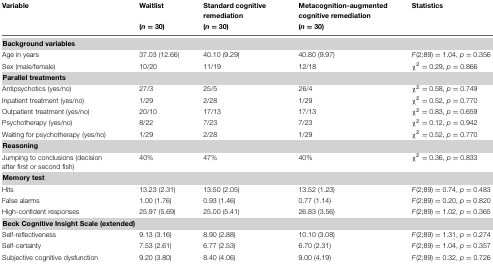
<table><thead><tr><td><b>Variable</b></td><td><b>Waitlist</b></td><td><b>Standard cognitive remediation</b></td><td><b>Metacognition-augmented cognitive remediation</b></td><td><b>Statistics</b></td></tr><tr><td></td><td><b>(<i>n</i> = 30)</b></td><td><b>(<i>n</i> = 30)</b></td><td><b>(<i>n</i> = 30)</b></td><td></td></tr></thead><tbody><tr><td colspan="5"><b>Background variables</b></td></tr><tr><td>Age in years</td><td>37.03 (12.66)</td><td>40.10 (9.29)</td><td>40.80 (9.97)</td><td><i>F</i>(2;89) = 1.04, <i>p</i> = 0.356</td></tr><tr><td>Sex (male/female)</td><td>10/20</td><td>11/19</td><td>12/18</td><td>χ<sup>2</sup> = 0.29, <i>p</i> = 0.866</td></tr><tr><td colspan="5"><b>Parallel treatments</b></td></tr><tr><td>Antipsychotics (yes/no)</td><td>27/3</td><td>25/5</td><td>26/4</td><td>χ<sup>2</sup> = 0.58, <i>p</i> = 0.749</td></tr><tr><td>Inpatient treatment (yes/no)</td><td>1/29</td><td>2/28</td><td>1/29</td><td>χ<sup>2</sup> = 0.52, <i>p</i> = 0.770</td></tr><tr><td>Outpatient treatment (yes/no)</td><td>20/10</td><td>17/13</td><td>17/13</td><td>χ<sup>2</sup> = 0.83, <i>p</i> = 0.659</td></tr><tr><td>Psychotherapy (yes/no)</td><td>8/22</td><td>7/23</td><td>7/23</td><td>χ<sup>2</sup> = 0.12, <i>p</i> = 0.942</td></tr><tr><td>Waiting for psychotherapy (yes/no)</td><td>1/29</td><td>2/28</td><td>1/29</td><td>χ<sup>2</sup> = 0.52, <i>p</i> = 0.770</td></tr><tr><td colspan="5"><b>Reasoning</b></td></tr><tr><td>Jumping to conclusions (decision after first or second fish)</td><td>40%</td><td>47%</td><td>40%</td><td>χ<sup>2</sup> = 0.36, <i>p</i> = 0.833</td></tr><tr><td colspan="5"><b>Memory test</b></td></tr><tr><td>Hits</td><td>13.23 (2.31)</td><td>13.50 (2.05)</td><td>13.52 (1.23)</td><td><i>F</i>(2;89) = 0.74, <i>p</i> = 0.483</td></tr><tr><td>False alarms</td><td>1.00 (1.76)</td><td>0.93 (1.46)</td><td>0.77 (1.14)</td><td><i>F</i>(2;89) = 0.20, <i>p</i> = 0.820</td></tr><tr><td>High-confident responses</td><td>25.97 (5.69)</td><td>25.00 (5.41)</td><td>26.83 (3.56)</td><td><i>F</i>(2;89) = 1.02, <i>p</i> = 0.365</td></tr><tr><td colspan="5"><b>Beck Cognitive Insight Scale (extended)</b></td></tr><tr><td>Self-reflectiveness</td><td>9.13 (3.16)</td><td>8.90 (2.88)</td><td>10.10 (3.08)</td><td><i>F</i>(2;89) = 1.31, <i>p</i> = 0.274</td></tr><tr><td>Self-certainty</td><td>7.53 (2.61)</td><td>6.77 (2.53)</td><td>6.70 (2.31)</td><td><i>F</i>(2;89) = 1.04, <i>p</i> = 0.357</td></tr><tr><td>Subjective cognitive dysfunction</td><td>9.20 (3.80)</td><td>8.40 (4.06)</td><td>9.00 (4.19)</td><td><i>F</i>(2;89) = 0.32, <i>p</i> = 0.726</td></tr></tbody></table>